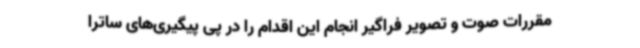
مقررات صوت و تصویر فراگیر انجام این اقدام را در پی پیگیری‌های ساترا